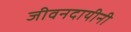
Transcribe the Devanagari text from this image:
जीवनदायीनी